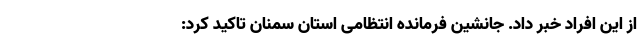
از این افراد خبر داد. جانشین فرمانده انتظامی استان سمنان تاکید کرد: